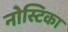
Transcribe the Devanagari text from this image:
नोस्टिका